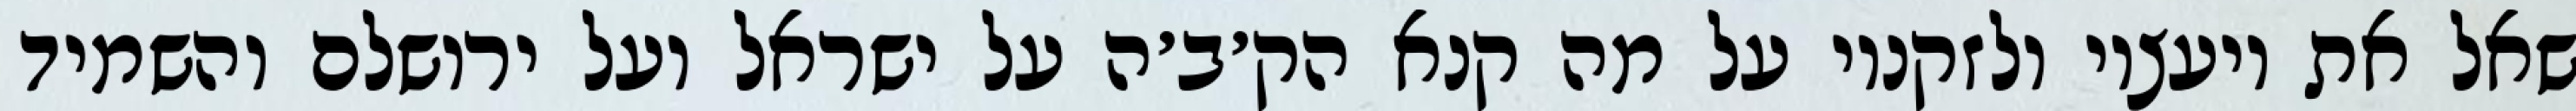
שאל את יועציו ולזקניו על מה קנא הק׳ב׳ה על ישראל ועל ירושלם והשמיד